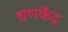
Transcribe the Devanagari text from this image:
ध्रणकेंद्र